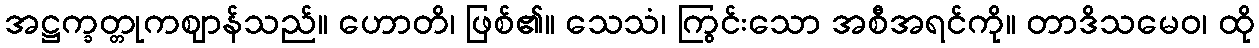
အဋ္ဌက္ခတ္တုကဈာန်သည်။ ဟောတိ၊ ဖြစ်၏။ သေသံ၊ ကြွင်းသော အစီအရင်ကို။ တာဒိသမေဝ၊ ထို